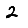
Digit: 2